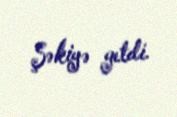
Şəkiyə getdi.